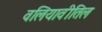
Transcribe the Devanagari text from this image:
वलियावीतिल